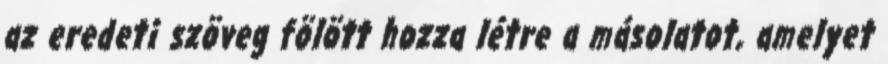
az eredeti szöveg fölött hozza létre a másolatot, amelyet